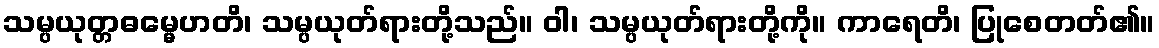
သမ္ပယုတ္တဓမ္မေဟတိ၊ သမ္ပယုတ်ရားတို့သည်။ ဝါ၊ သမ္ပယုတ်ရားတို့ကို။ ကာရေတိ၊ ပြုစေတတ်၏။